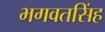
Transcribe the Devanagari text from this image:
भगवतसिंह